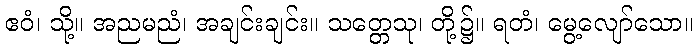
ဧဝံ၊ သို့။ အညမညံ၊ အချင်းချင်း။ သတ္တေသု၊ တို့၌။ ရတံ၊ မွေ့လျော်သော။